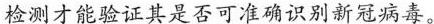
检测才能验证其是否可准确识别新冠病毒。